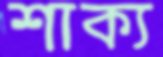
শাক্য